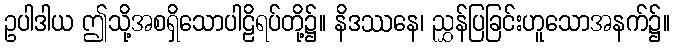
ဥပါဒါယ ဤသို့အစရှိသောပါဠိရပ်တို့၌။ နိဒဿနေ၊ ညွှန်ပြခြင်းဟူသောအနက်၌။